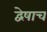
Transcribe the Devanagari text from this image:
द्वेषाच